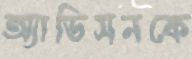
অ্যাডিসনকে